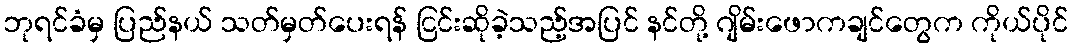
ဘုရင်ခံမှ ပြည်နယ် သတ်မှတ်ပေးရန် ငြင်းဆိုခဲ့သည့်အပြင် နင်တို့ ဂျိမ်းဖောကချင်တွေက ကိုယ်ပိုင်